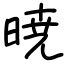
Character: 暁